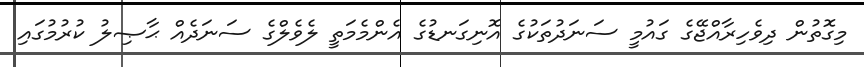
މިގޮތުން ދިވެހިރާއްޖޭގެ ގައުމީ ސަނަދުތަކުގެ އޮނިގަނޑުގެ އެންމެމަތީ ލެވެލްގެ ސަނަދެއް ޙާޞިލު ކުރުމުގައި